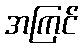
အကြင်